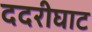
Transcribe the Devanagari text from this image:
ददरीघाट